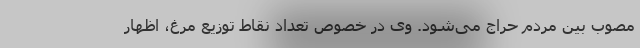
مصوب بین مردم حراج می‌شود. وی در خصوص تعداد نقاط توزیع مرغ، اظهار